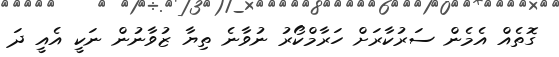
ގޮތެއް އެމެން ސަރުކާރަށް ހަރާމްކޯރު ނުވާނެ ތިޔާ ޒުވާނުން ނަކީ އެއީ ދަ